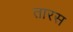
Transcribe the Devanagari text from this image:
तारस